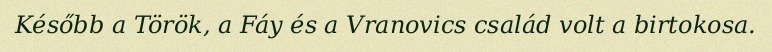
Később a Török, a Fáy és a Vranovics család volt a birtokosa.